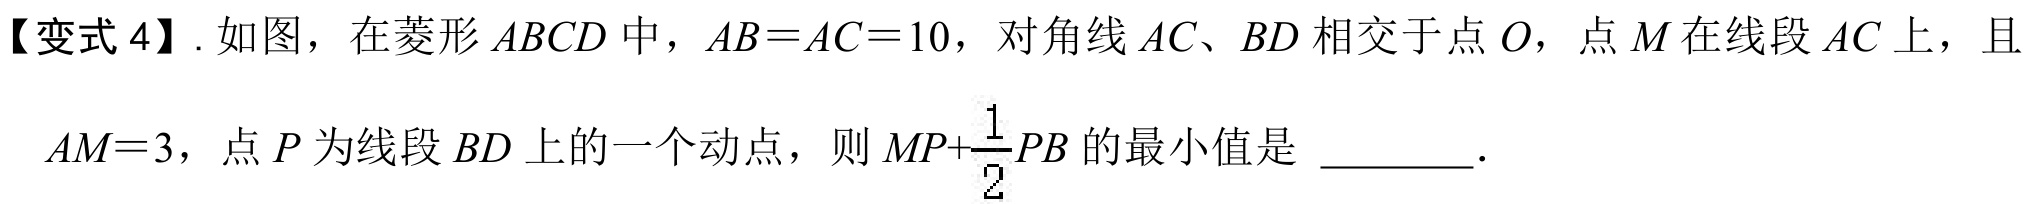
【变式 4】. 如图，在菱形 \(ABCD\) 中，\(AB = AC = 10\)，对角线 \(AC、BD\) 相交于点 \(O\)，点 \(M\) 在线段 \(AC\) 上，且 \(AM = 3\)，点 \(P\) 为线段 \(BD\) 上的一个动点，则 \(MP+\frac{1}{2}PB\) 的最小值是 \_\_\_\_\_．